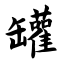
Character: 罐